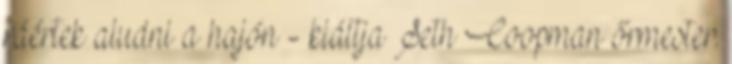
ráértek aludni a hajón - kiáltja Seth Coopman őrmester.